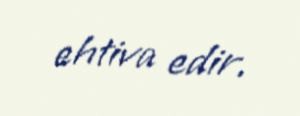
ehtiva edir.